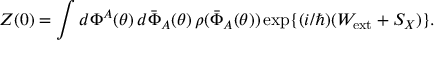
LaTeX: Z ( 0 ) = \int d \Phi ^ { A } ( \theta ) \, d \bar { \Phi } _ { A } ( \theta ) \, \rho ( \bar { \Phi } _ { A } ( \theta ) ) \exp \{ ( i / \hbar ) ( W _ { \mathrm { e x t } } + S _ { X } ) \} .